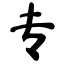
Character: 专